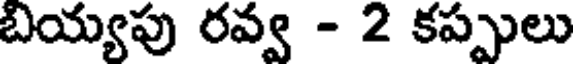
బియ్యపు రవ్వ - 2 కప్పులు